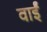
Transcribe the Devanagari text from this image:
वाईं